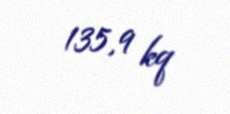
135,9 kq